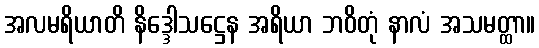
အလမရိယာတိ နိဒ္ဒေါသဋ္ဌေန အရိယာ ဘဝိတုံ နာလံ အသမတ္ထာ။